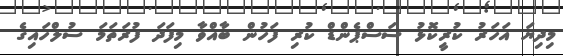
މިދިޔަ އަހަރު ކުރީކޮޅު ސަސްޕެންޑް ކުރި ފަހުން ބާއްވާ މިފަދަ ފުރަތަމަ ސުލްހައިގެ